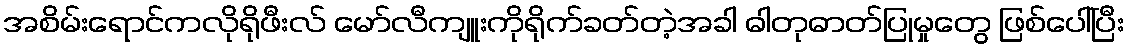
အစိမ်းရောင်ကလိုရိုဖီးလ် မော်လီကျူးကိုရိုက်ခတ်တဲ့အခါ ဓါတုဓာတ်ပြုမှုတွေ ဖြစ်ပေါ်ပြီး